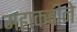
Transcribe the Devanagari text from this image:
महाकवीने